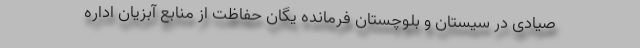
صیادی در سیستان و بلوچستان فرمانده یگان حفاظت از منابع آبزیان اداره